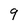
Character: 9